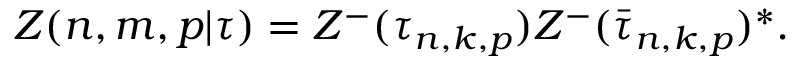
Z ( n , m , p | \tau ) = Z ^ { - } ( \tau _ { n , k , p } ) Z ^ { - } ( \bar { \tau } _ { n , k , p } ) ^ { * } .